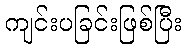
ကျင်းပခြင်းဖြစ်ပြီး